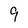
Character: 9